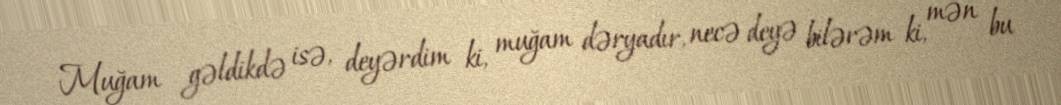
Muğam gəldikdə isə, deyərdim ki, muğam dəryadır, necə deyə bilərəm ki, mən bu